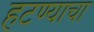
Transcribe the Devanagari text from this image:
हटण्याचा